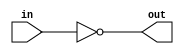
module inverter_delay(
    input wire in,
    output reg out
);

reg delay;

always @(in) begin
    #1 // introduce delay of 1 time unit
    out <= ~in;
end

endmodule